Annual administration report of the Bombay Presidency - 1887-1892
Year: 1887
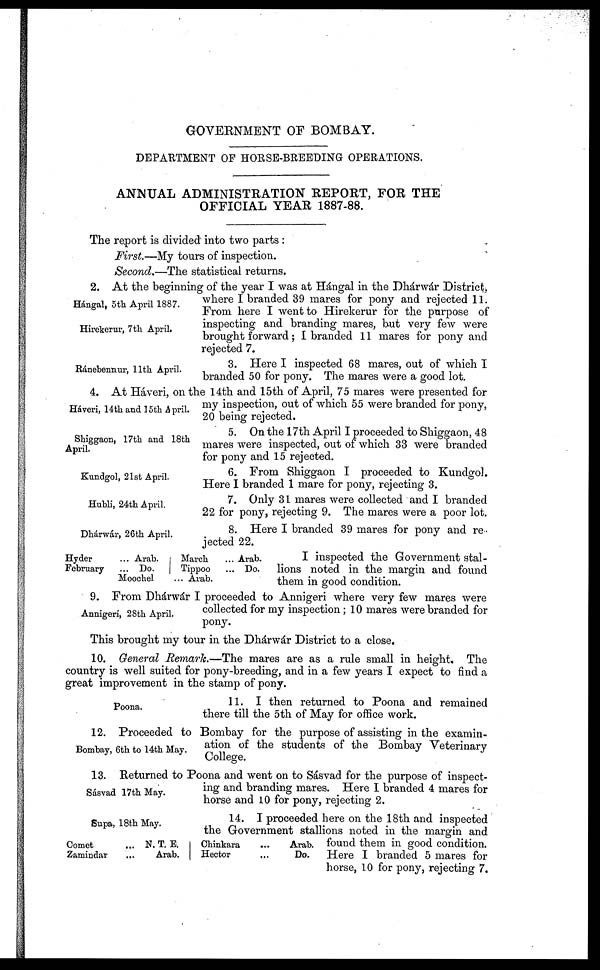
GOVERNMENT OF BOMBAY.
DEPARTMENT OF HORSE-BREEDING OPERATIONS.
ANNUAL ADMINISTRATION REPORT, FOR THE
OFFICIAL YEAR 1887-88.
The report is divided into two parts :
First.—My tours of inspection.
Second.—The statistical returns.
Hángal, 5th April 1887.
Hirekerur, 7th April.
2. At the beginning of the year I was at Hángal in the Dhárwár District,
where I branded 39 mares for pony and rejected 11.
From here I went to Hirekerur for the purpose of
inspecting and branding mares, but very few were
brought forward; I branded 11 mares for pony and
rejected 7.
Ránebennur, 11th April.
3. Here I inspected 68 mares, out of which I
branded 50 for pony. The mares were a good lot.
Háveri, 14th and 15th April.
4. At Háveri, on the 14th and 15th of April, 75 mares were presented for
my inspection, out of which 55 were branded for pony,
20 being rejected.
Shiggaon, 17th and 18th
April.
5. On the 17th April I proceeded to Shiggaon, 48
mares were inspected, out of which 33 were branded
for pony and 15 rejected.
Kundgol, 21st April.
6. From Shiggaon I proceeded to Kundgol.
Here I branded 1 mare for pony, rejecting 3.
Hubli, 24th April.
7. Only 31 mares were collected and I branded
22 for pony, rejecting 9. The mares were a poor lot.
Dhárwár, 26th April.
8. Here I branded 39 mares for pony and re-
jected 22.
Hyder
... Arab.
February
... Do.
March
... Arab.
Tippoo
... Do.
Moochel
... Arab.
I inspected the Government stal-
lions noted in the margin and found
them in good condition.
Annigeri, 28th April.
9. From Dhárwár I proceeded to Annigeri where very few mares were
collected for my inspection ; 10 mares were branded for
pony.
This brought my tour in the Dhárwár District to a close.
10. General Remark.—The mares are as a rule small in height. The
country is well suited for pony-breeding , and in a few years I expect to find a
great improvement in the stamp of pony.
Poona.
11. I then returned to Poona and remained
there till the 5th of May for office work.
Bombay, 6th to 14th May.
12. Proceeded to Bombay for the purpose of assisting in the examin-
ation of the students of the Bombay Veterinary
College.
Sásvad 17th May.
13. Returned to Poona and went on to Sásvad for the purpose of inspect-
ing and branding mares. Here I branded 4 mares for
horse and 10 for pony, rejecting 2.
Supa, 18th May.
14. I proceeded here on the 18th and inspected
the Government stallions noted in the margin and
found them in good condition.
Here I branded 5 mares for
horse, 10 for pony, rejecting 7.
Comet
...N. T. E.
Zamindar
...Arab.
Chinkara
...Arab.
Hector
...Do.